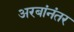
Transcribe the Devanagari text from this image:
अरबांनंतर